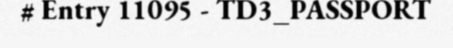
# Entry 11095 - TD3_PASSPORT